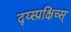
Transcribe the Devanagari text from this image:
द्य्स्प्रक्षिच्स्